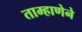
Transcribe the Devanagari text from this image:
ताम्हाणेने